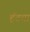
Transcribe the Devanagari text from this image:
हॅटचा